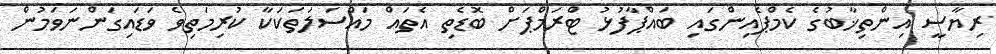
ރިޔާސީ އިންތިޚާބުގެ ކެމްޕެއިންގައި ބައްޕާފުޅު ޓްރަމްޕަށް ބޮޑެތި އެތައް މައްސަލަތަކަކާ ކުރިމަތިވެ ވަޑައިގަންނަވަމުން